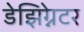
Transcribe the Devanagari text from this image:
डेझिग्नेटर